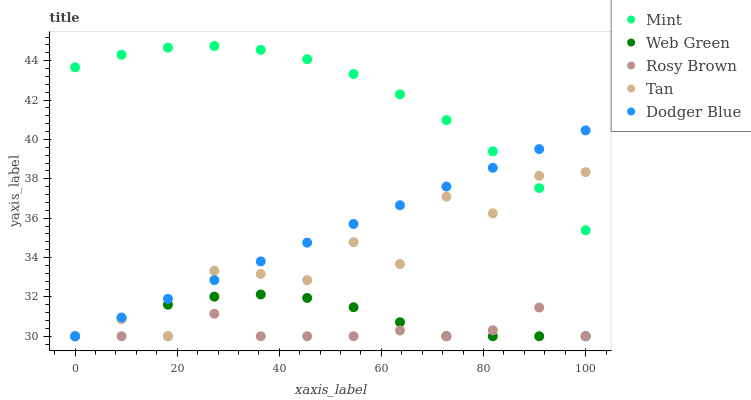
| xaxis_label | Mint | Web Green | Rosy Brown | Tan | Dodger Blue |
 | --- | --- | --- | --- | --- | --- |
 | 0 | 43.7 | 30 | 30 | 30 | 30 |
 | 9.09 | 44.3 | 30.9 | 30 | 30.9 | 31 |
 | 18.2 | 44.7 | 31.6 | 30 | 30 | 31.9 |
 | 27.3 | 44.7 | 32 | 31.1 | 33.3 | 32.9 |
 | 36.4 | 44.5 | 32.1 | 30 | 33.2 | 33.8 |
 | 45.5 | 44.1 | 31.9 | 30 | 32.9 | 34.8 |
 | 54.5 | 43.3 | 31.5 | 30 | 34.8 | 35.7 |
 | 63.6 | 42.3 | 30.7 | 30.3 | 33.7 | 36.7 |
 | 72.7 | 41 | 30 | 30 | 37.1 | 37.6 |
 | 81.8 | 39.4 | 30 | 30.3 | 36.2 | 38.6 |
 | 90.9 | 37.5 | 30 | 31.5 | 38.2 | 39.5 |
 | 100 | 35.4 | 30 | 30 | 38.3 | 40.5 |